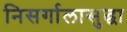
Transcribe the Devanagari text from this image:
निसर्गालासुद्धा